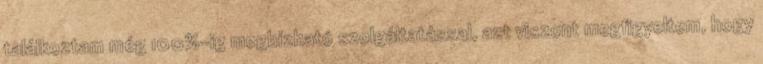
találkoztam még 100%-ig megbízható szolgáltatással, azt viszont megfigyeltem, hogy